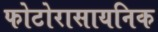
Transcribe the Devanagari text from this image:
फोटोरासायनिक